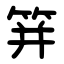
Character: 䈂